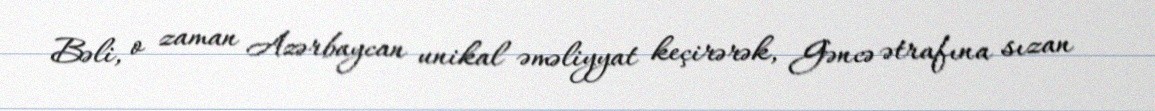
Bəli, o zaman Azərbaycan unikal əməliyyat keçirərək, Gəncə ətrafına sızan